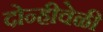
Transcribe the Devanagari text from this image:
दोन्हीवेळी